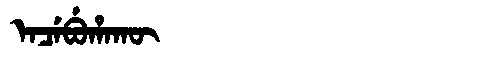
Manchu: ᡝᠨᠴᡝᠪᡠᡥᠠᡴᡡ
Romanization: ENCEBUHAKŪ